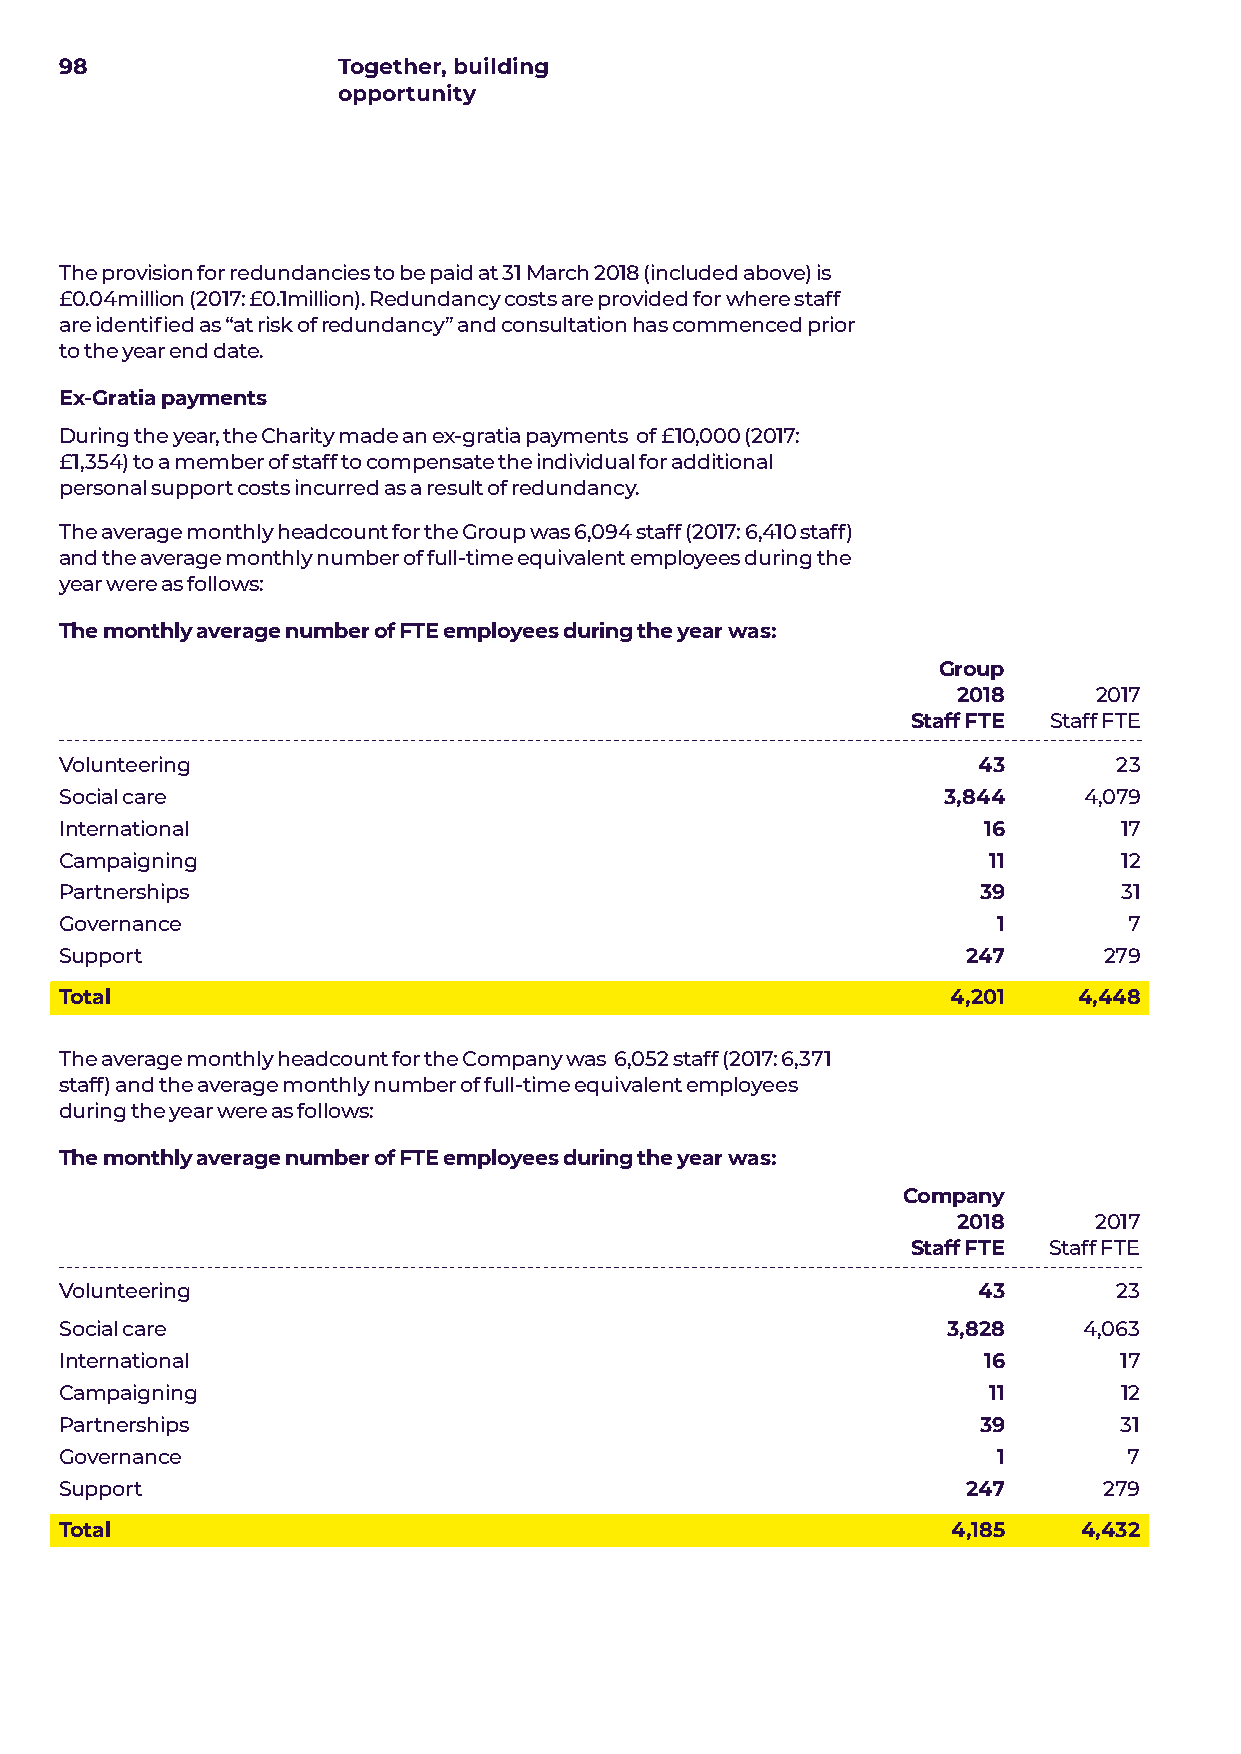
98                Together, building
 opportunity
 The provision for redundancies to be paid at 31 March 2018 (included above) is
 £0.04million (2017: £0.1million). Redundancy costs are provided for where staff
 are identified as “at risk of redundancy” and consultation has commenced prior
 to the year end date.
 Ex-Gratia payments
 During the year, the Charity made an ex-gratia payments of £10,000 (2017:
 £1,354) to a member of staff to compensate the individual for additional
 personal support costs incurred as a result of redundancy.
 The average monthly headcount for the Group was 6,094 staff (2017: 6,410 staff)
 and the average monthly number of full-time equivalent employees during the
 year were as follows:
 The monthly average number of FTE employees during the year was:
 Group
 2018      2017
 Staff FTE Staff FTE
 Volunteering                                                 43       23
 Social care                                               3,844     4,079
 International                                                16       17
 Campaigning                                                  11       12
 Partnerships                                                 39       31
 Governance                                                    1        7
 Support                                                     247      279
 Total                                                      4,201   4,448
 The average monthly headcount for the Company was 6,052 staff (2017: 6,371
 staff) and the average monthly number of full-time equivalent employees
 during the year were as follows:
 The monthly average number of FTE employees during the year was:
 Company
 2018     2017
 Staff FTE Staff FTE
 Volunteering                                                 43       23
 Social care                                                3,828    4,063
 International                                                16       17
 Campaigning                                                  11       12
 Partnerships                                                 39       31
 Governance                                                    1        7
 Support                                                     247      279
 Total                                                      4,185    4,432